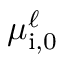
\mu _ { \mathrm { i , 0 } } ^ { \ell }